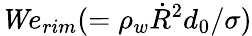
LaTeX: {\mathit We}_{rim}(=\rho_{w}\dot{R}^{2}{d_{0}}/\sigma)